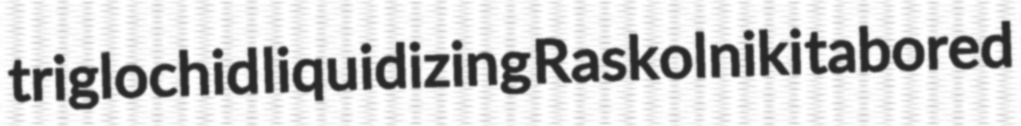
triglochid liquidizing Raskolniki tabored